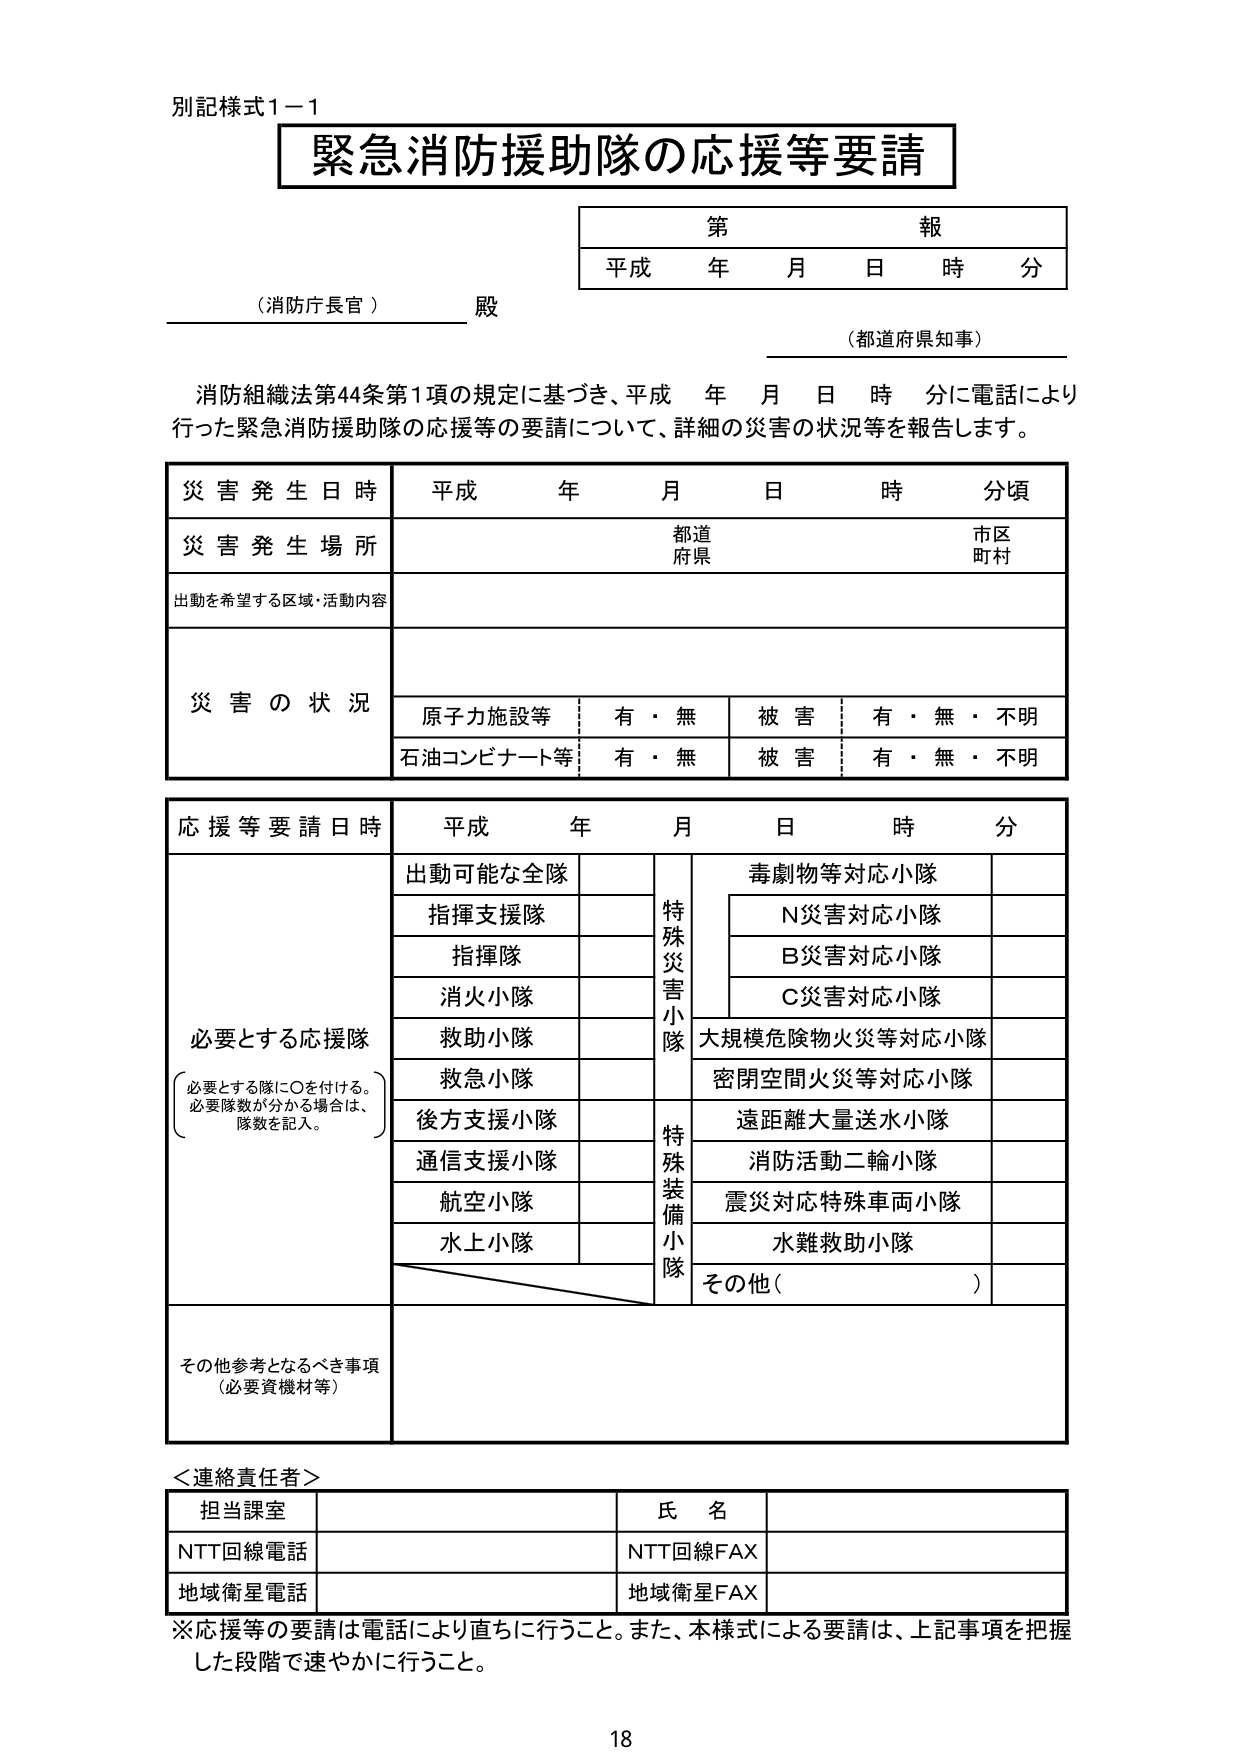
別記様式1－1
緊急消防援助隊の応援等要請
第 報
平成 年 月 日 時 分
（消防庁長官） 殿
（都道府県知事）
消防組織法第44条第1項の規定に基づき、平成 年 月 日 時 分に電話により行った緊急消防援助隊の応援等の要請について、詳細の災害の状況等を報告します。
災害発生日時 平成 年 月 日 時 分頃
災害発生場所 都道府県 市区町村
出動を希望する区域・活動内容
災害の状況 原子力施設等 有・無 被害 有・無・不明
石油コンビナート等 有・無 被害 有・無・不明
応援等要請日時 平成 年 月 日 時 分
必要とする応援隊 出動可能な全隊 特殊災害小隊 毒劇物等対応小隊
指揮支援隊 N災害対応小隊
指揮隊 B災害対応小隊
消火小隊 C災害対応小隊
救助小隊 大規模危険物火災等対応小隊
救急小隊 密閉空間火災等対応小隊
後方支援小隊 特殊装備小隊 遠距離大量送水小隊
通信支援小隊 消防活動二輪小隊
航空小隊 震災対応特殊車両小隊
水上小隊 水難救助小隊
その他（ ）
必要とする隊に○を付ける。必要隊数が分かる場合は、隊数を記入。
その他参考となるべき事項（必要資機材等）
＜連絡責任者＞
担当課室 氏名
NTT回線電話 NTT回線FAX
地域衛星電話 地域衛星FAX
※応援等の要請は電話により直ちに行うこと。また、本様式による要請は、上記事項を把握した段階で速やかに行うこと。
18